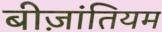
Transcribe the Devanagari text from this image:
बीज़ांतियम